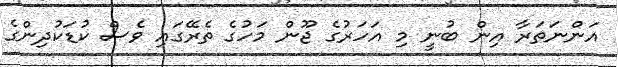
އަންނަތަރާ އިން ބުނީ މި އަހަރުގެ ޖޫން މަހުގެ ތެރޭގައި ވެސް ކުޑަކުދިންގެ